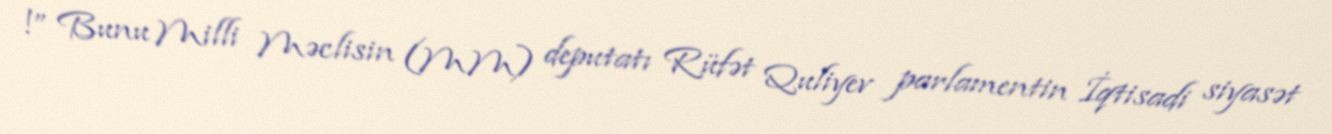
!” Bunu Milli Məclisin (MM) deputatı Rüfət Quliyev parlamentin İqtisadi siyasət